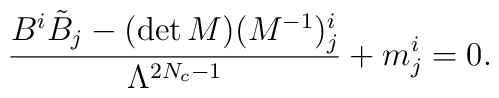
\frac{B^i \tilde{B}_{{j}} - (\det  M)    (M^{-1})^{i}_{{j}}}{\Lambda^{2N_c-1}} + m^i_{j} = 0.